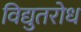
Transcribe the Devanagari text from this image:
विद्युतरोध